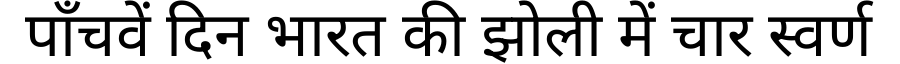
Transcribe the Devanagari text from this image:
पाँचवें दिन भारत की झोली में चार स्वर्ण